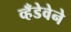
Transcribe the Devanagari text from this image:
व्हँडेवेने